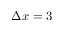
\Delta x = 3